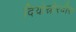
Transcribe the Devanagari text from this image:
दियोस्रोरदीस